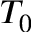
T _ { 0 }